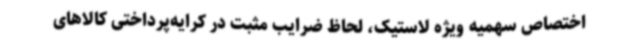
اختصاص سهمیه ویژه لاستیک، لحاظ ضرایب مثبت در کرایه‌پرداختی کالاهای